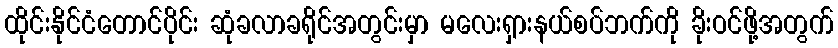
ထိုင်းနိုင်ငံတောင်ပိုင်း ဆုံခလာခရိုင်အတွင်းမှာ မလေးရှားနယ်စပ်ဘက်ကို ခိုးဝင်ဖို့အတွက်